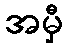
အမှီ